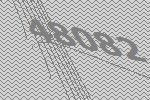
48082